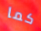
كما